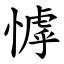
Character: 㦆